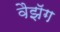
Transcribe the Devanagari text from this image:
वैझॅग